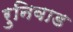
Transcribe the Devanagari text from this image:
रुनिवाड